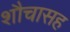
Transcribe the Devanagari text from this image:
शौचासह